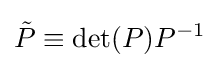
{\tilde {P}}\equiv \det(P)P^{-1}